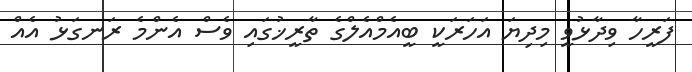
ފަރީހާ ވިދާޅުވީ މިދިޔަ އަހަރަކީ ބީއެމްއެލްގެ ތާރީޚުގައި ވެސް އެންމެ ރަނގަޅު އެއް